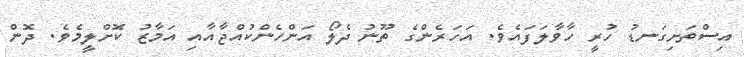
އިސްތަށިގަނޑު ހުރީ ހާވާލަފައެވެ. އަހަރެންގެ ތޫނު ދެލޯ އަންހެންކުއްޖާއާއި އަމާޒު ކޮށްލީމެވެ. ދޮން